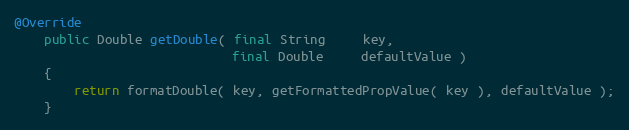
Language: Java
@Override
    public Double getDouble( final String     key,
                             final Double     defaultValue )
    {
        return formatDouble( key, getFormattedPropValue( key ), defaultValue );
    }